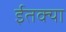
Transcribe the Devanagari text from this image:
ईतक्या